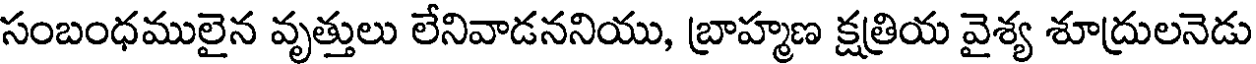
సంబంధములైన వృత్తులు లేనివాడననియు, బ్రాహ్మణ క్షత్రియ వైశ్య శూద్రులనెడు